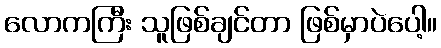
လောကကြီး သူဖြစ်ချင်တာ ဖြစ်မှာပဲပေါ့။